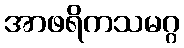
အာဖရိကသမဂ္ဂ